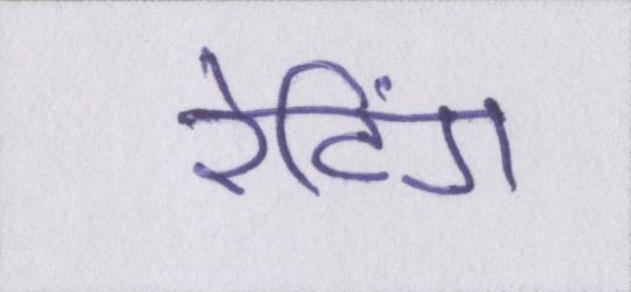
रेटिंग